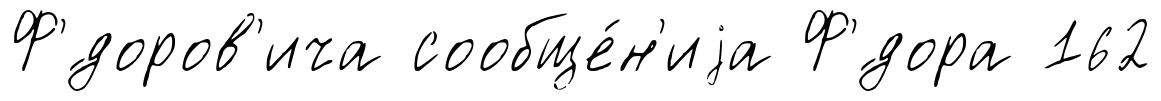
Ф'́доров'ича сообще́н'иjа Ф'́дора 162